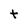
Character: t